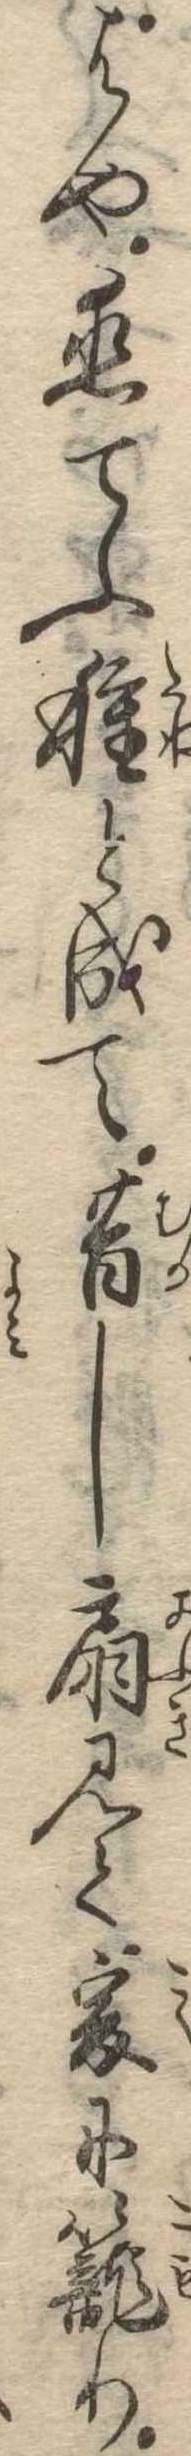
はや恋てふ種と成て昔し扇見て爰に篭り